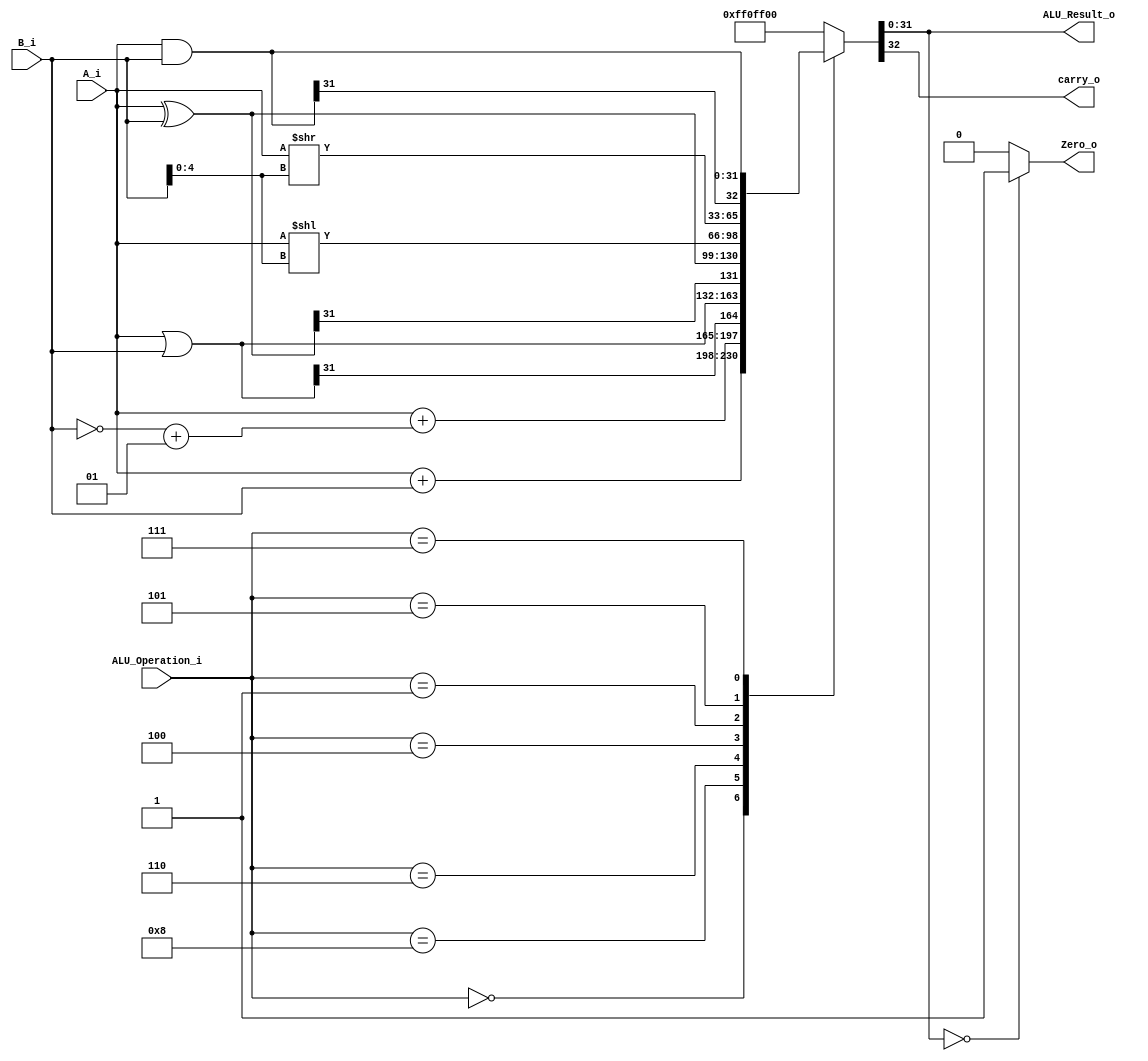
/******************************************************************
* Description
*	This is an 32-bit arithetic logic unit that can execute the next set of operations:
*		add

* This ALU is written by using behavioral description.
* Version:
*	1.0
* Author:
*	Dr. Jos Luis Pizano Escalante
* email:
*	luispizano@iteso.mx
* Date:
*	16/08/2021
******************************************************************/

module ALU 
(
	input [3:0] ALU_Operation_i,
	input signed [31:0] A_i,
	input signed [31:0] B_i,
	output reg Zero_o,
	output carry_o,
	output [31:0] ALU_Result_o
);

	localparam ADD = 4'b0_000;
	localparam SUB = 4'b1_000;
	localparam SLL = 4'b0_001;
	localparam SRL = 4'b0_101;
	localparam OR = 4'b0_110;
	localparam AND = 4'b0_111;
	localparam XOR = 4'b0_100;
	
	reg [32:0] result_plus_carry_w;
	wire [31:0] comp2_B;
	
	assign comp2_B = ~B_i+1;
   
   always @ (A_i or B_i or comp2_B or ALU_Operation_i or result_plus_carry_w) begin
		case (ALU_Operation_i)
			ADD: result_plus_carry_w <= A_i + B_i;
			SUB: result_plus_carry_w <= A_i + comp2_B;
			OR:  result_plus_carry_w <= A_i | B_i;
			XOR: result_plus_carry_w <= A_i ^ B_i;
			SLL: result_plus_carry_w <= A_i << B_i[4:0];
			SRL: result_plus_carry_w <= A_i >> B_i[4:0];
			AND: result_plus_carry_w <= A_i & B_i;
			default:
				result_plus_carry_w <= 32'h0ff0ff00;
		endcase 
		Zero_o = (result_plus_carry_w[31:0] == 0) ? 1'b1 : 1'b0;
	end 
	assign carry_o = result_plus_carry_w[32];
	assign ALU_Result_o = result_plus_carry_w[31:0];
endmodule // ALU